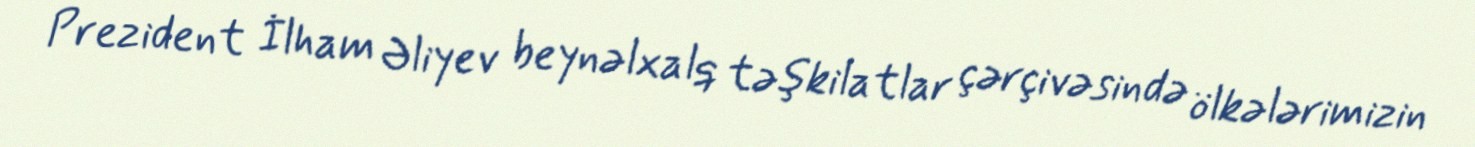
Prezident İlham Əliyev beynəlxalq təşkilatlar çərçivəsində ölkələrimizin